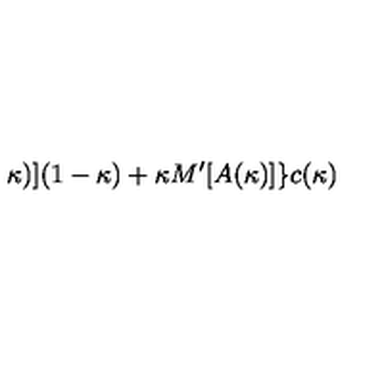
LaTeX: \kappa ) ] ( 1 - \kappa ) + \kappa M ^ { \prime } [ A ( \kappa ) ] \} c ( \kappa )